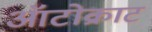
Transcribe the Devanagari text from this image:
ऑटोक्राट